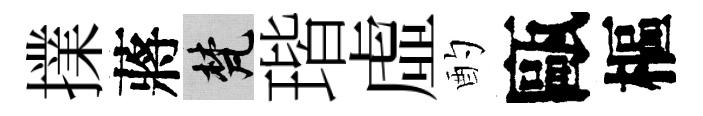
擈蔣梵瑎虛酌甌樞